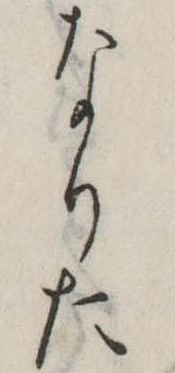
なりた